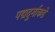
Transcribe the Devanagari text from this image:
पद्मदुर्गाकडे